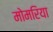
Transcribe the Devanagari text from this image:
मोमरिया